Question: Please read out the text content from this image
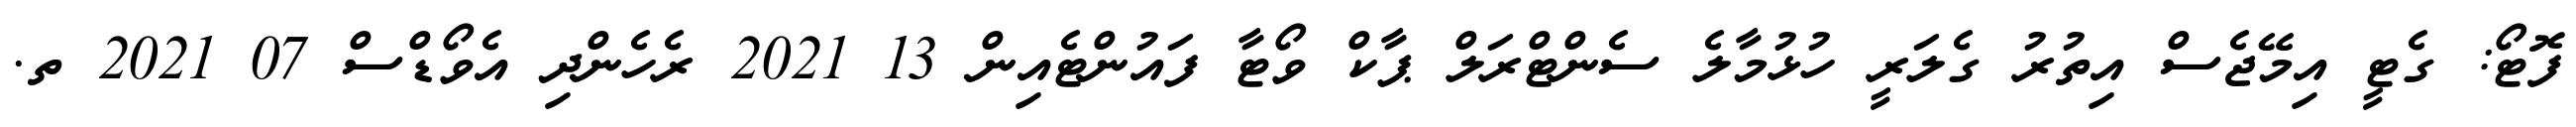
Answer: ފޮޓޯ: ގެޓީ އިމޭޖެސް އިތުރު ގެލަރީ ހުޅުމާލެ ސެންޓްރަލް ޕާކް ވޯޓާ ފައުންޓެއިން 13 2021 ރެހެންދި އެވޯޑްސް 07 2021 ތ.